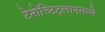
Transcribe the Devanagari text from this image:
टेनोच्टिट्लानमध्ये